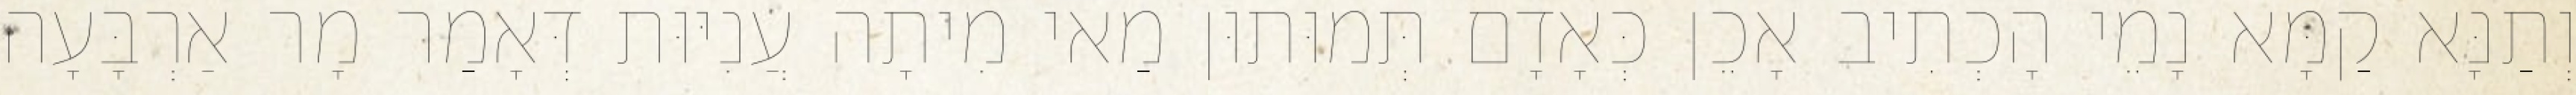
וְתַנָּא קַמָּא נָמֵי הָכְתִיב אָכֵן כְּאָדָם תְּמוּתוּן מַאי מִיתָה עֲנִיּוּת דְּאָמַר מָר אַרְבָּעָה